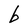
Character: b